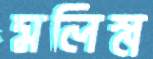
মলিস্ন